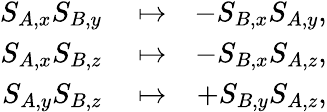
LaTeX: \begin{array}{rlr}{S_{A,x}S_{B,y}}&{{}\mapsto}&{-S_{B,x}S_{A,y},}\\ {S_{A,x}S_{B,z}}&{{}\mapsto}&{-S_{B,x}S_{A,z},}\\ {S_{A,y}S_{B,z}}&{{}\mapsto}&{+S_{B,y}S_{A,z},}\end{array}